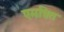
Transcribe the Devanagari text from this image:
एमत्रित